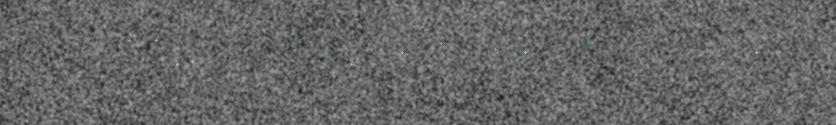
čanosjuávhuid kenigittee